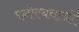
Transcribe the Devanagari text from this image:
मनोरचनाओं